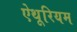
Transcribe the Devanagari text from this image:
ऐथूरियम